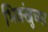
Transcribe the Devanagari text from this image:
भिक्खुंच्या